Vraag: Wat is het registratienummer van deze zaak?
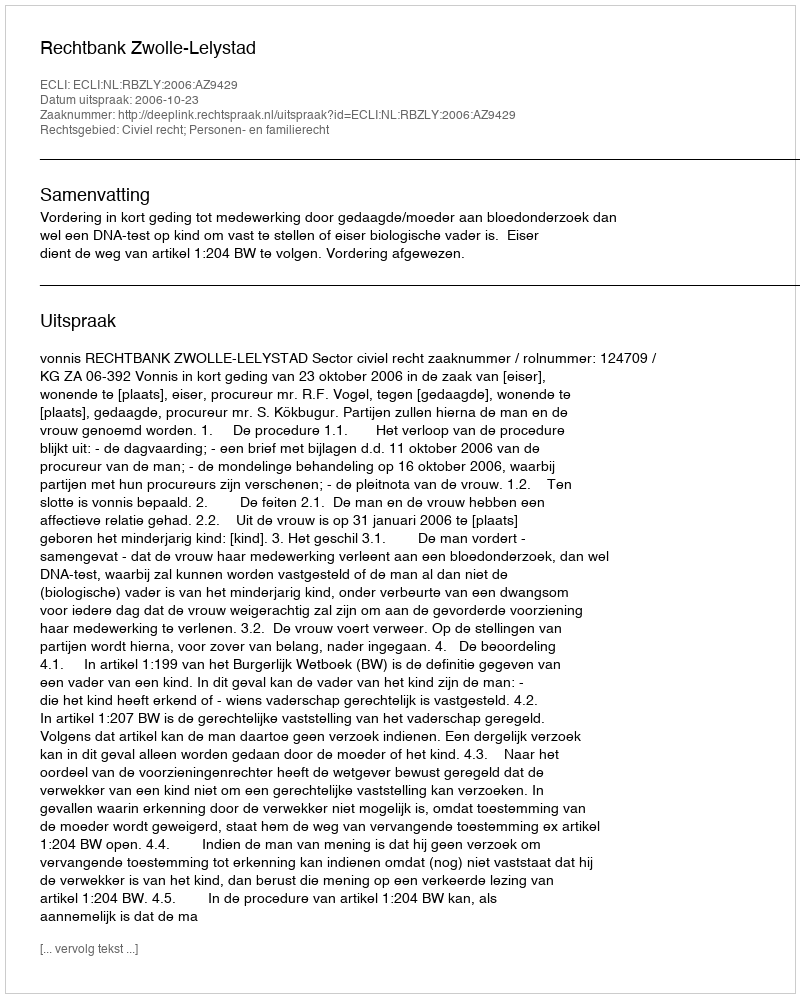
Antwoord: http://deeplink.rechtspraak.nl/uitspraak?id=ECLI:NL:RBZLY:2006:AZ9429